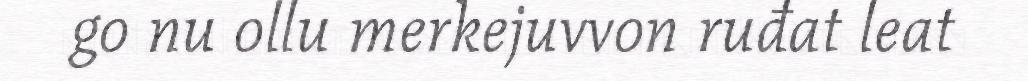
go nu ollu merkejuvvon ruđat leat